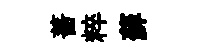
薔粹蘚